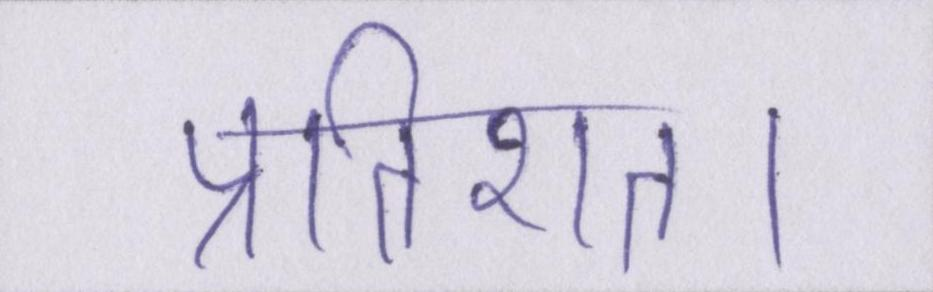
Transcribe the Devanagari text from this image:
प्रतिशत।